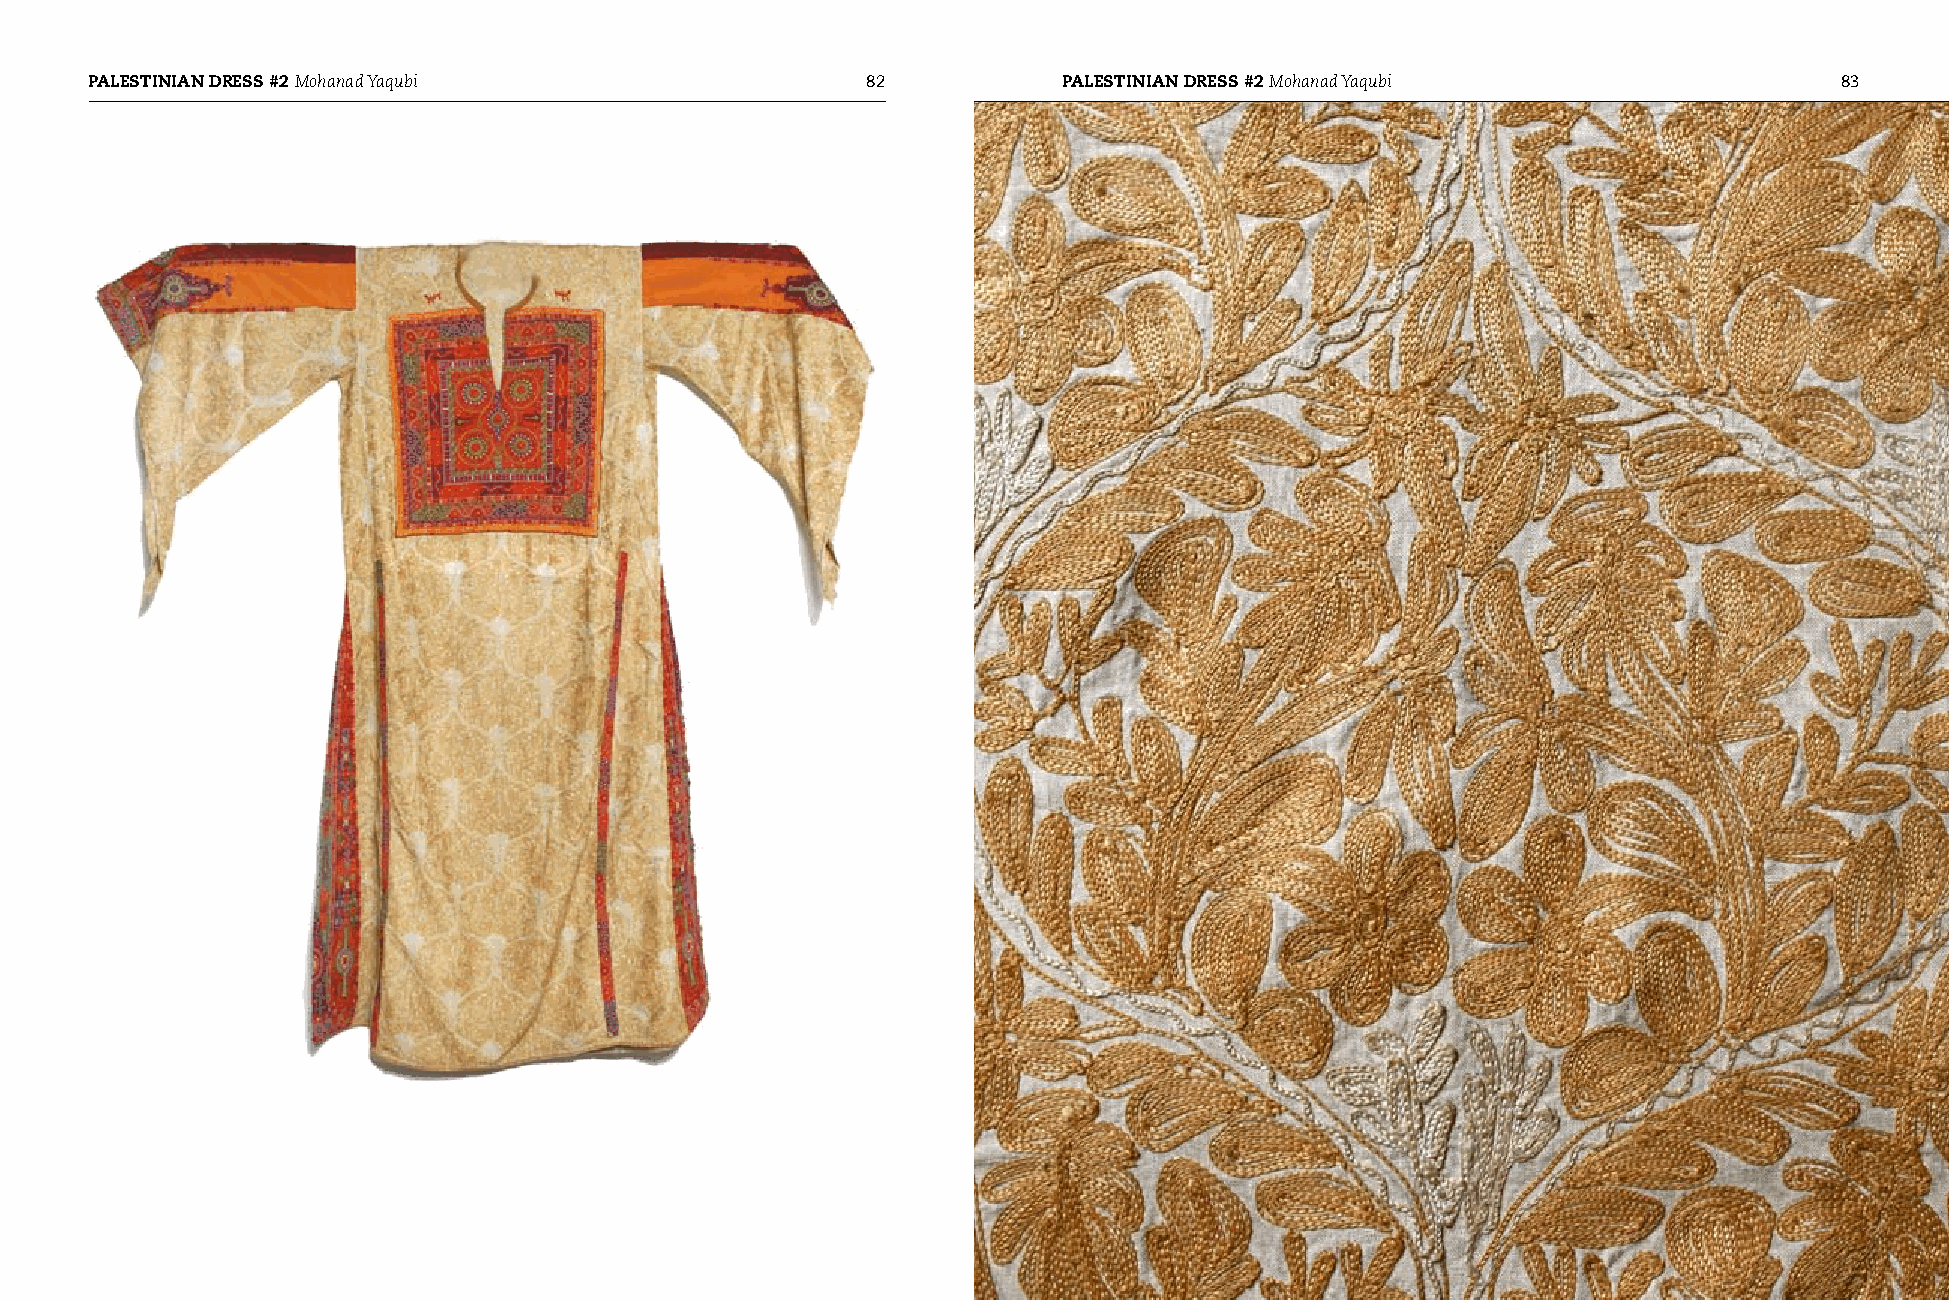
PAlESTINIAN dRESS #2 Mohanad Yaqubi                82           PAlESTINIAN dRESS #2 Mohanad Yaqubi                 83